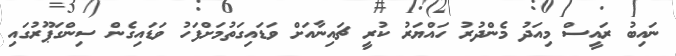
ނައިބު ރައީސް މިއަދު މެންދުރު ހައްޔަރު ކުރީ ޗައިނާއަށް ވަޑައިގަތުމަށްފަހު ވަޑައިގެން ސިންގަޕޫރުގައި